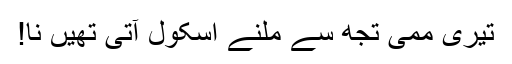
تیری ممی تجھ سے ملنے اسکول آتی تھیں نا!